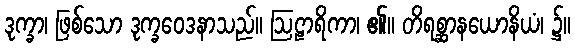
ဒုက္ခာ၊ ဖြစ်သော ဒုက္ခဝေဒနာသည်။ ဩဠာရိကာ၊ ၏။ တိရစ္ဆာနယောနိယံ၊ ၌။